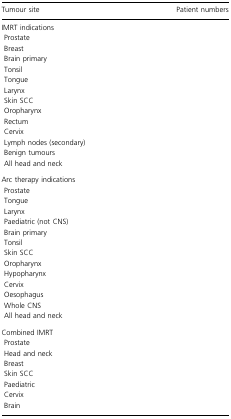
<table><thead><tr><td><b>Tumour site</b></td><td><b>Patient numbers</b></td></tr></thead><tbody><tr><td colspan="2">IMRT indications</td></tr><tr><td> Prostate</td><td>[EMPTY_CELL]</td></tr><tr><td> Breast</td><td>[EMPTY_CELL]</td></tr><tr><td> Brain primary</td><td>[EMPTY_CELL]</td></tr><tr><td> Tonsil</td><td>[EMPTY_CELL]</td></tr><tr><td> Tongue</td><td>[EMPTY_CELL]</td></tr><tr><td> Larynx</td><td>[EMPTY_CELL]</td></tr><tr><td> Skin SCC</td><td>[EMPTY_CELL]</td></tr><tr><td> Oropharynx</td><td>[EMPTY_CELL]</td></tr><tr><td> Rectum</td><td>[EMPTY_CELL]</td></tr><tr><td> Cervix</td><td>[EMPTY_CELL]</td></tr><tr><td> Lymph nodes (secondary)</td><td>[EMPTY_CELL]</td></tr><tr><td> Benign tumours</td><td>[EMPTY_CELL]</td></tr><tr><td> All head and neck</td><td>[EMPTY_CELL]</td></tr><tr><td colspan="2">Arc therapy indications</td></tr><tr><td> Prostate</td><td>[EMPTY_CELL]</td></tr><tr><td> Tongue</td><td>[EMPTY_CELL]</td></tr><tr><td> Larynx</td><td>[EMPTY_CELL]</td></tr><tr><td> Paediatric (not CNS)</td><td>[EMPTY_CELL]</td></tr><tr><td> Brain primary</td><td>[EMPTY_CELL]</td></tr><tr><td> Tonsil</td><td>[EMPTY_CELL]</td></tr><tr><td> Skin SCC</td><td>[EMPTY_CELL]</td></tr><tr><td> Oropharynx</td><td>[EMPTY_CELL]</td></tr><tr><td> Hypopharynx</td><td>[EMPTY_CELL]</td></tr><tr><td> Cervix</td><td>[EMPTY_CELL]</td></tr><tr><td> Oesophagus</td><td>[EMPTY_CELL]</td></tr><tr><td> Whole CNS</td><td>[EMPTY_CELL]</td></tr><tr><td> All head and neck</td><td>[EMPTY_CELL]</td></tr><tr><td colspan="2">Combined IMRT</td></tr><tr><td> Prostate</td><td>[EMPTY_CELL]</td></tr><tr><td> Head and neck</td><td>[EMPTY_CELL]</td></tr><tr><td> Breast</td><td>[EMPTY_CELL]</td></tr><tr><td> Skin SCC</td><td>[EMPTY_CELL]</td></tr><tr><td> Paediatric</td><td>[EMPTY_CELL]</td></tr><tr><td> Cervix</td><td>[EMPTY_CELL]</td></tr><tr><td> Brain</td><td>[EMPTY_CELL]</td></tr></tbody></table>